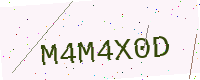
Text: M4M4X0D